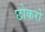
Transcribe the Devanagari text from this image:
छोकरो